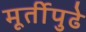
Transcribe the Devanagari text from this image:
मूर्तीपुढे